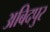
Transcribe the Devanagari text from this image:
अबिदपुर